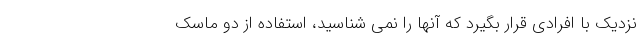
نزدیک با افرادی قرار بگیرد که آنها را نمی شناسید، استفاده از دو ماسک